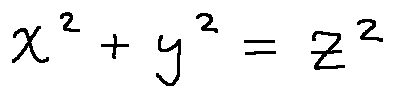
x ^ { 2 } + y ^ { 2 } = z ^ { 2 }